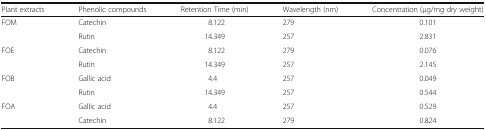
<table><thead><tr><td><b>Plant extracts</b></td><td><b>Phenolic compounds</b></td><td><b>Retention Time (min)</b></td><td><b>Wavelength (nm)</b></td><td><b>Concentration (μg/mg dry weight)</b></td></tr></thead><tbody><tr><td rowspan="2">FOM</td><td>Catechin</td><td>8.122</td><td>279</td><td>0.101</td></tr><tr><td>Rutin</td><td>14.349</td><td>257</td><td>2.831</td></tr><tr><td rowspan="2">FOE</td><td>Catechin</td><td>8.122</td><td>279</td><td>0.076</td></tr><tr><td>Rutin</td><td>14.349</td><td>257</td><td>2.145</td></tr><tr><td rowspan="2">FOB</td><td>Gallic acid</td><td>4.4</td><td>257</td><td>0.049</td></tr><tr><td>Rutin</td><td>14.349</td><td>257</td><td>0.544</td></tr><tr><td rowspan="2">FOA</td><td>Gallic acid</td><td>4.4</td><td>257</td><td>0.529</td></tr><tr><td>Catechin</td><td>8.122</td><td>279</td><td>0.824</td></tr></tbody></table>